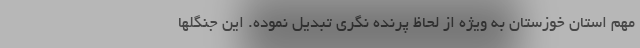
مهم استان خوزستان به ویژه از لحاظ پرنده نگری تبدیل نموده. این جنگلها